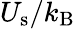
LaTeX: U_{\textrm{s}}/k_{\textrm{B}}